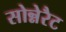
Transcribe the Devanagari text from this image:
सोन्नेरैट